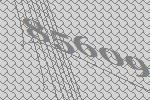
85609